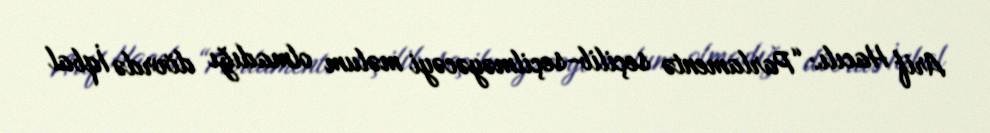
Arif Hacılı: “Parlamentə seçilib-seçilməyəcəyi məlum olmadığı dövrdə İqbal